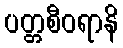
ပတ္တစီဝရာနိ